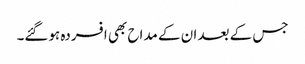
جس کے بعد ان کے مداح بھی افسردہ ہوگئے۔